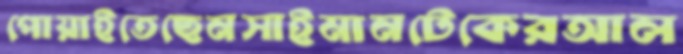
পোয়াইতেছেনসাইমানটেকেরআল